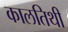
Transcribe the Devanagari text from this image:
कालतिथी